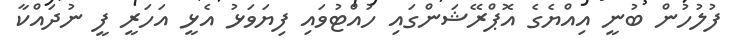
ފުލުހުން ބުނީ އިއްޔެގެ އޮޕްރޭޝަންގައި ހުއްޓުވައި ފިޔަވަޅު އެޅީ އަހަރީ ފީ ނުދައްކާ